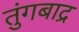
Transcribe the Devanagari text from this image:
तुंगबाद्र